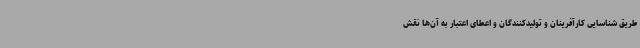
طریق شناسایی کارآفرینان و تولیدکنندگان و اعطای اعتبار به آن‌ها نقش